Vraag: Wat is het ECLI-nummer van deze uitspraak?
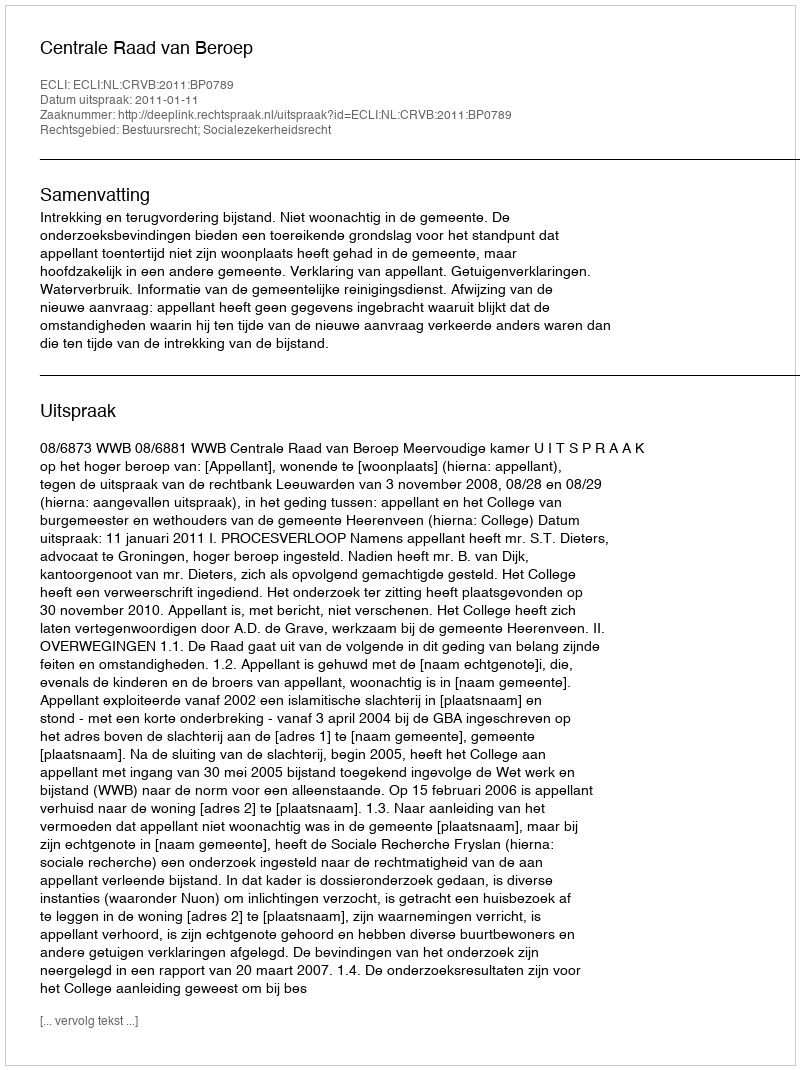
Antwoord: ECLI:NL:CRVB:2011:BP0789